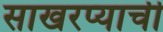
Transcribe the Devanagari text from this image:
साखरप्याची